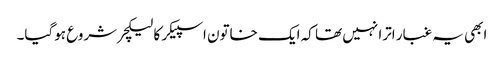
ابھی یہ غبار اترا نہیں تھا کہ ایک خاتون اسپیکر کا لیکچر شروع ہوگیا۔